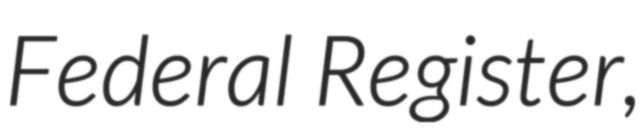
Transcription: Federal Register,